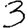
Digit: 3